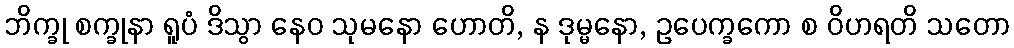
ဘိက္ခု စက္ခုနာ ရူပံ ဒိသွာ နေဝ သုမနော ဟောတိ, န ဒုမ္မနော, ဥပေက္ခကော စ ဝိဟရတိ သတော